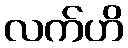
လက်ဟိ